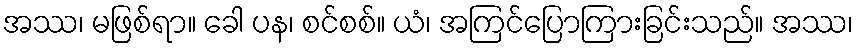
အဿ၊ မဖြစ်ရာ။ ခေါ ပန၊ စင်စစ်။ ယံ၊ အကြင်ပြောကြားခြင်းသည်။ အဿ၊